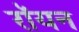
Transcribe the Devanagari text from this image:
रॉयन